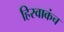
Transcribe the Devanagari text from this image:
हिरवाकंच